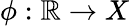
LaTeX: \phi:\mathbb{R}\to X